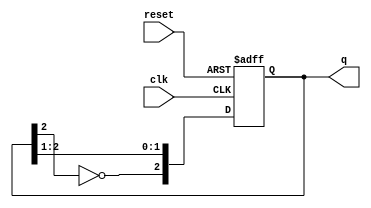
module johnson_counter #(
    parameter N = 3  // Number of flip-flops
)(
    input wire clk,        // Clock input
    input wire reset,      // Asynchronous reset
    output reg [N-1:0] q   // Output state
);

// Sequential logic for the Johnson Counter
always @(posedge clk or posedge reset) begin
    if (reset) begin
        // Initialize the counter to zero on reset
        q <= 0;
    end else begin
        // Shift the outputs and feedback the inverted last output
        q <= {~q[N-1], q[N-1:N-2]}; // Shift and feedback
    end
end

endmodule